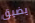
يضيق